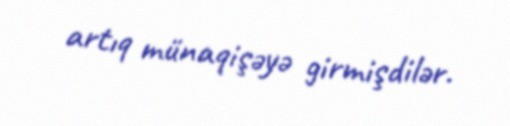
artıq münaqişəyə girmişdilər.